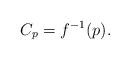
LaTeX: \begin{align*} C_p = f^{-1}(p).\end{align*}